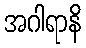
အဂါရာနိ